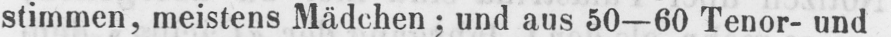
stimmen, meistens Mädchen; und aus 50-60 Tenor- und